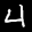
Label: 4